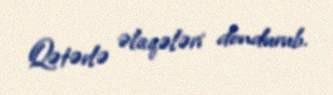
Qətərlə əlaqələri dondurub.